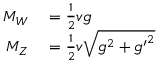
\begin{array} { r l } { M _ { W } } & { { } = { \frac { 1 } { 2 } } v g } \\ { M _ { Z } } & { { } = { \frac { 1 } { 2 } } v { \sqrt { g ^ { 2 } + { g ^ { \prime } } ^ { 2 } } } } \end{array}